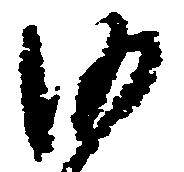
沙